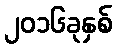
၂၀၁၆ခုနှစ်